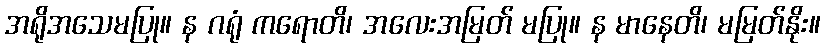
အရိုအသေမပြု။ န ဂရုံ ကရောတိ၊ အလေးအမြတ် မပြု။ န မာနေတိ၊ မမြတ်နိုး။